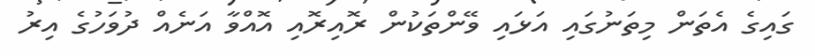
ގައިގެ އެތަން މިތަނުގައި އަޅައި ވޭންތަކުން ރޮއިރޮއި އޮއްވާ އަނެއް ދުވަހުގެ އިރު